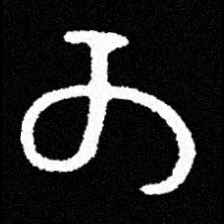
Pyu character \u2014 Myanmar letter: တ (romanized: ta)